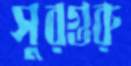
সুরগুরু